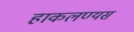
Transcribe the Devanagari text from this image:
हाकलण्यस